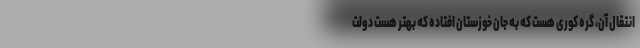
انتقال آن، گِره کوری هست که به جان خوزستان افتاده که بهتر هست دولت